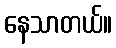
နေသာတယ်။